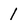
Character: 1